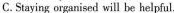
C. Staying organised will be helpful.